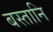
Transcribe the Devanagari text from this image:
बस्तानि